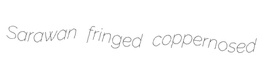
Sarawan fringed coppernosed